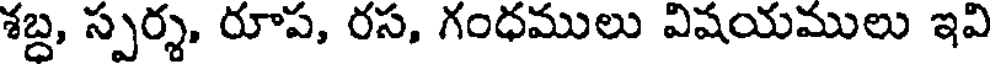
శబ్ద, స్పర్శ, రూప, రస, గంధములు విషయములు ఇవి